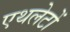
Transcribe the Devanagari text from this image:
एथलेटों